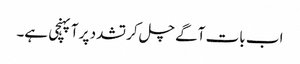
اب بات آگے چل کر تشدد پر آپہنچی ہے۔